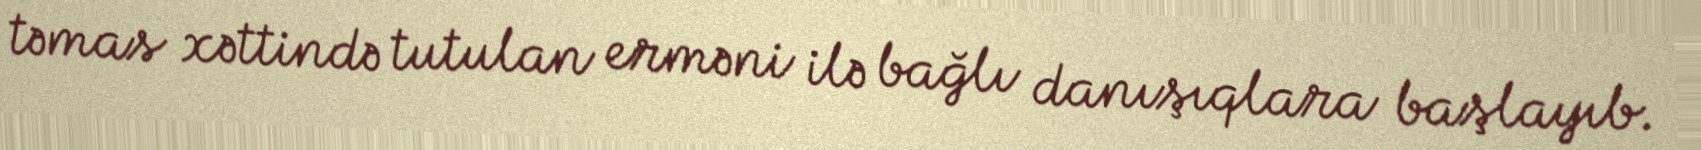
təmas xəttində tutulan erməni ilə bağlı danışıqlara başlayıb.